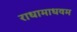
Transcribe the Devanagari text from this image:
राधामाधवम